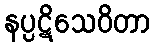
နပ္ပဋိသေဝိတာ